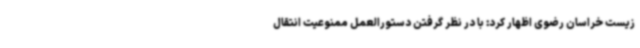
زیست خراسان رضوی اظهار کرد: با در نظر گرفتن دستورالعمل ممنوعیت انتقال